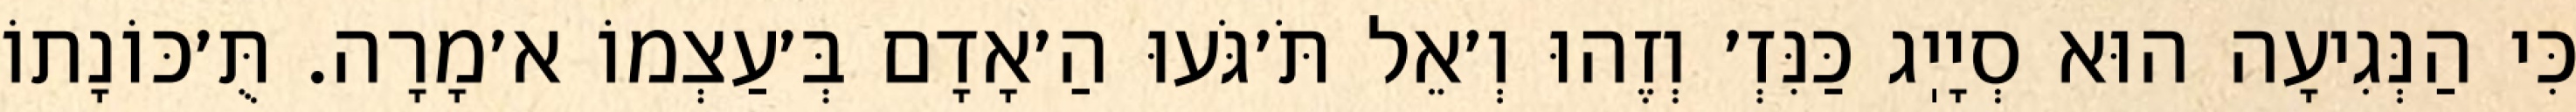
כִּי הַנְּגִיעָה הוּא סְיָיֽג כַּנִּזְ׳ וְזֶהוּ וְ׳אֵל תֹּ׳גֹּעוּ הַ׳אָדָם בְּ׳עַצְמוֹ א׳מָרָה. תֻּ׳כּוֹנָתוֹ